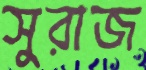
সুরাজ